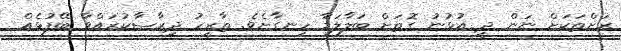
ރަށްތަކަށް ނަން ދީ އުޅުނު ގޮތަށް ބަލާލަމާ ހިނގާށެވެ. ތާރީހު ދިރާސާކުރައްވާ ބޭފުޅެއް